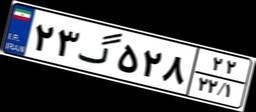
۲۳گ۵۲۸۲۲